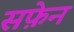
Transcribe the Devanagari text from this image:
सफ़ेन